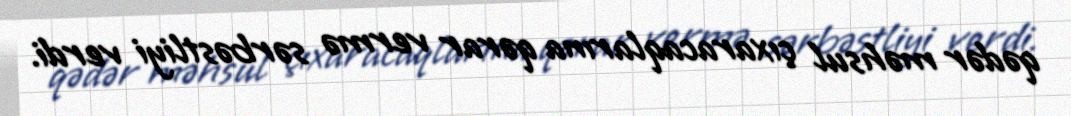
qədər məhsul çıxaracaqlarına qərar vermə sərbəstliyi verdi.